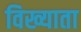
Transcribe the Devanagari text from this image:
विख्याता